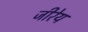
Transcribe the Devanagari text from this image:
जीरेय